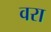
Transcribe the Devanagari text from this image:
वरा